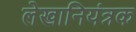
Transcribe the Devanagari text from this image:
लेखानियंत्रक